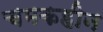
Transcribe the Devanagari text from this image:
चमकहीन